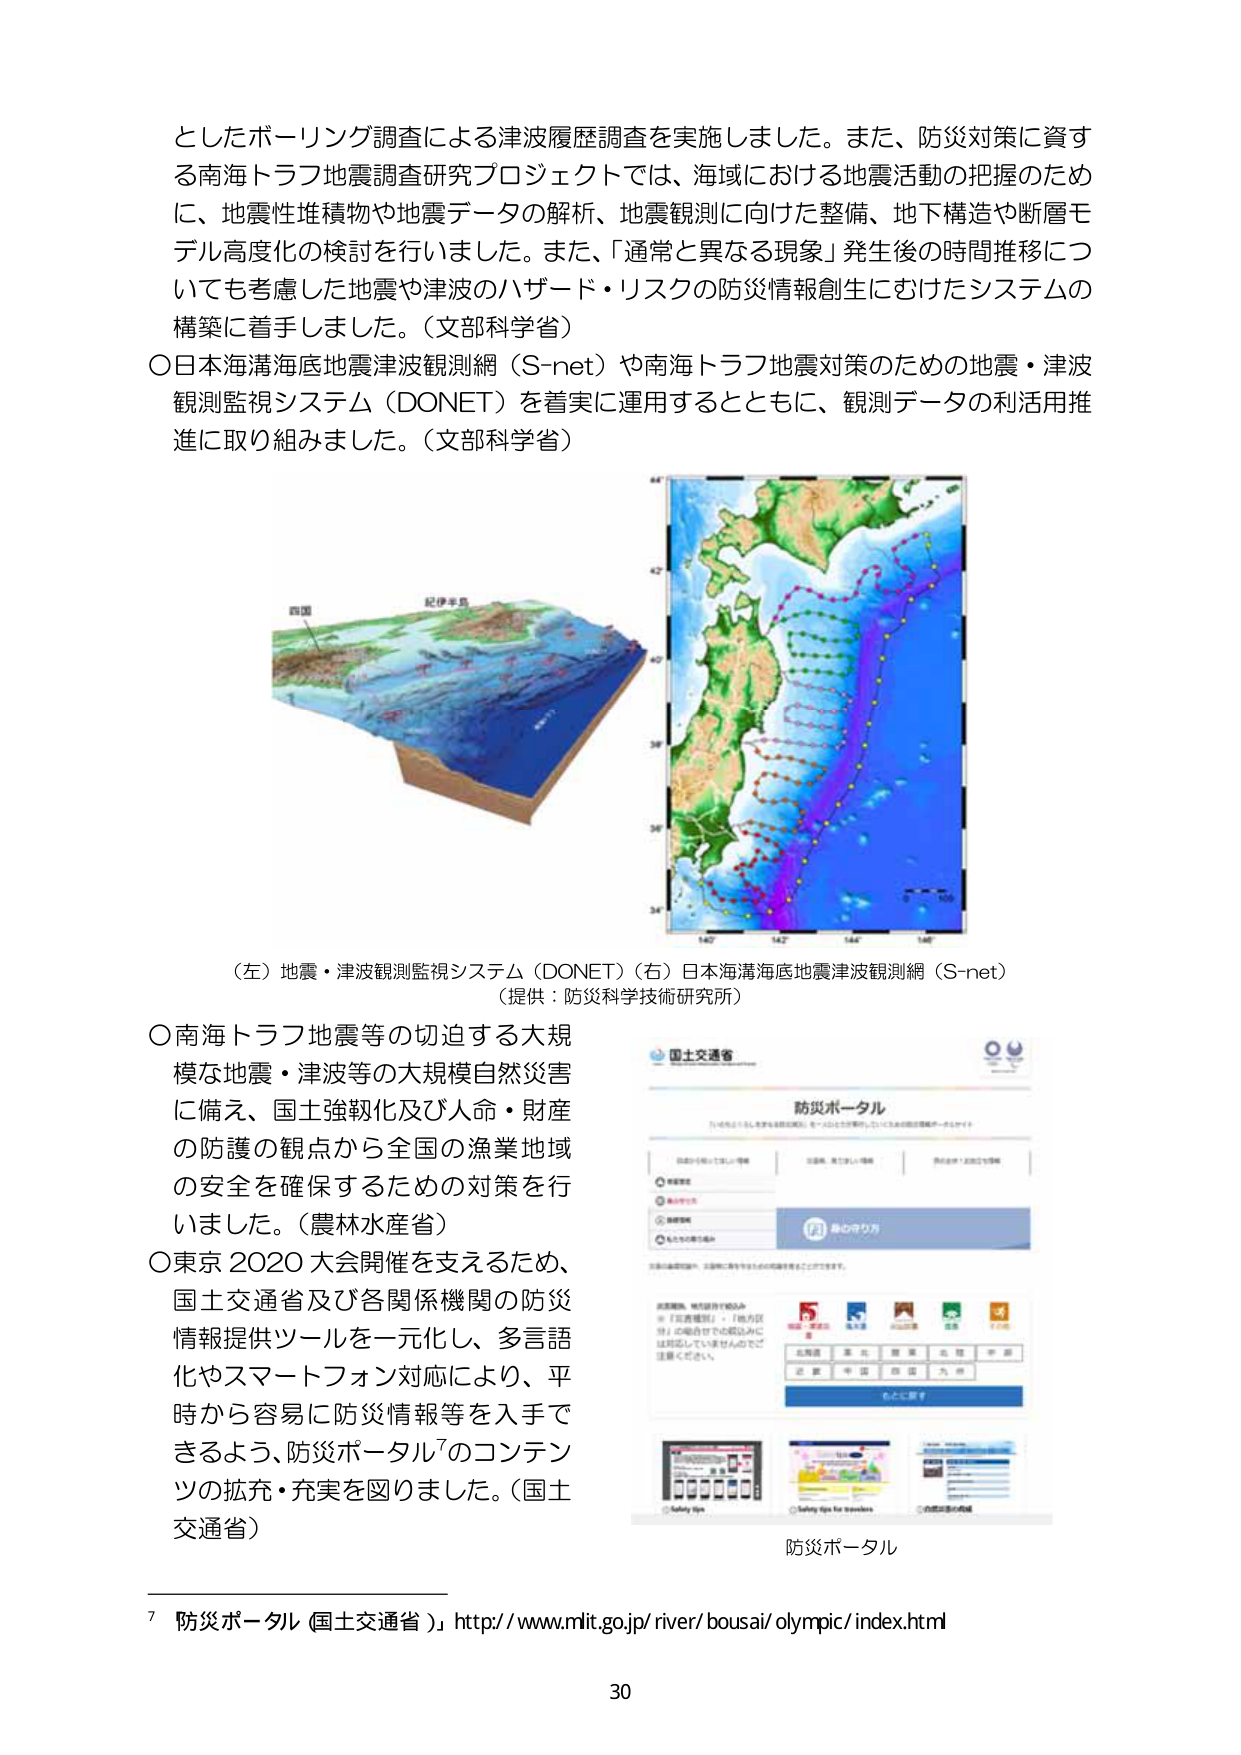
としたボーリング調査による津波履歴調査を実施しました。また、防災対策に資する南海トラフ地震調査研究プロジェクトでは、海域における地震活動の把握のために、地震性堆積物や地震データの解析、地震観測に向けた整備、地下構造や断層モデル高度化の検討を行いました。また、「通常と異なる現象」発生後の時間推移についても考慮した地震や津波のハザード・リスクの防災情報創生にむけたシステムの構築に着手しました。（文部科学省）

○日本海溝海底地震津波観測網（S-net）や南海トラフ地震対策のための地震・津波観測監視システム（DONET）を着実に運用するとともに、観測データの利活用推進に取り組みました。（文部科学省）

（左）地震・津波観測監視システム（DONET）（右）日本海溝海底地震津波観測網（S-net）
（提供：防災科学技術研究所）

○南海トラフ地震等の切迫する大規模な地震・津波等の大規模自然災害に備え、国土強靭化及び人命・財産の防護の観点から全国の漁業地域の安全を確保するための対策を行いました。（農林水産省）

○東京2020大会開催を支えるため、国土交通省及び各関係機関の防災情報提供ツールを一元化し、多言語化やスマートフォン対応により、平時から容易に防災情報等を入手できるよう、防災ポータル⁷のコンテンツの拡充・充実を図りました。（国土交通省）

防災ポータル

⁷ 防災ポータル（国土交通省） http://www.mlit.go.jp/river/bousai/olympic/index.html

30